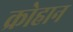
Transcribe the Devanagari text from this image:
क्रोहान